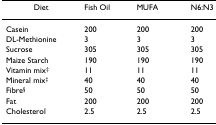
<table><thead><tr><td><b>Diet</b></td><td><b>Fish Oil</b></td><td><b>MUFA</b></td><td><b>N6:N3</b></td></tr></thead><tbody><tr><td>Casein</td><td>200</td><td>200</td><td>200</td></tr><tr><td>DL-Methionine</td><td>3</td><td>3</td><td>3</td></tr><tr><td>Sucrose</td><td>305</td><td>305</td><td>305</td></tr><tr><td>Maize Starch</td><td>190</td><td>190</td><td>190</td></tr><tr><td>Vitamin mix<sup>‡</sup></td><td>11</td><td>11</td><td>11</td></tr><tr><td>Mineral mix<sup>‡</sup></td><td>40</td><td>40</td><td>40</td></tr><tr><td>Fibre<sup>§</sup></td><td>50</td><td>50</td><td>50</td></tr><tr><td>Fat</td><td>200</td><td>200</td><td>200</td></tr><tr><td>Cholesterol</td><td>2.5</td><td>2.5</td><td>2.5</td></tr></tbody></table>